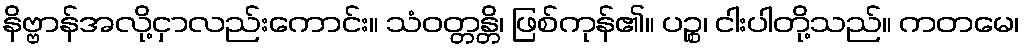
နိဗ္ဗာန်အလို့ငှာလည်းကောင်း။ သံဝတ္တန္တိ၊ ဖြစ်ကုန်၏။ ပဉ္စ၊ ငါးပါတို့သည်။ ကတမေ၊